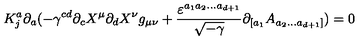
K _ { j } ^ { a } \partial _ { a } ( - \gamma ^ { c d } \partial _ { c } X ^ { \mu } \partial _ { d } X ^ { \nu } g _ { \mu \nu } + \frac { \varepsilon ^ { a _ { 1 } a _ { 2 } . . . a _ { d + 1 } } } { \sqrt { - \gamma } } \partial _ { [ a _ { 1 } } A _ { a _ { 2 } . . . a _ { d + 1 } ] } ) = 0